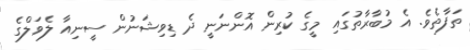
ތަފާތެވެ. އެ މުބާރާތުގައި މީގެ ކުރިން އޮންނަނީ ދެ ޑިވިޝަނުން ސީނިއާ ލެވަލްގެ